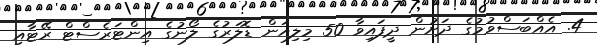
4. އެއްބަސްވުމުގެ ދަށުން ދީފައިވާ 50 މިލިއަން ޑޮލަރުގެ ލޯނުގެ އިންޓަރެސްޓް ރޭޓާއި